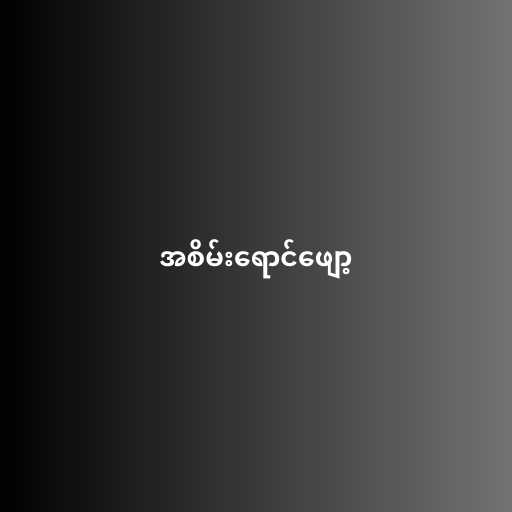
အစိမ်းရောင်ဖျော့